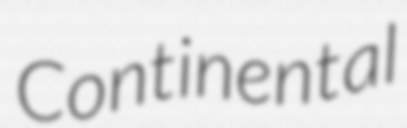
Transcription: Continental